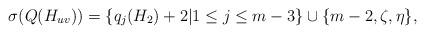
LaTeX: \begin{align*}\sigma (Q(H_{uv} )) = \{ q_j (H_2) + 2|1 \le j \le m - 3\} \cup\{m-2, \zeta,\eta\},\end{align*}